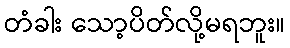
တံခါး သော့ပိတ်လို့မရဘူး။